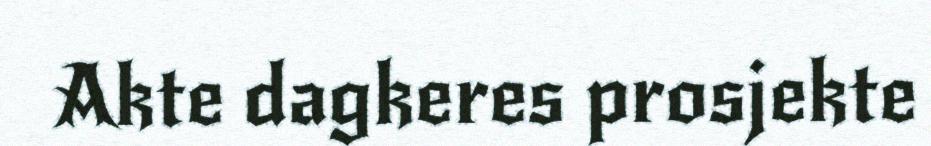
Akte dagkeres prosjekte